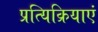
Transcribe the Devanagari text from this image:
प्रत्यिक्रियाएं